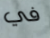
في